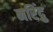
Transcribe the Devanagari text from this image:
नरिंद्रु